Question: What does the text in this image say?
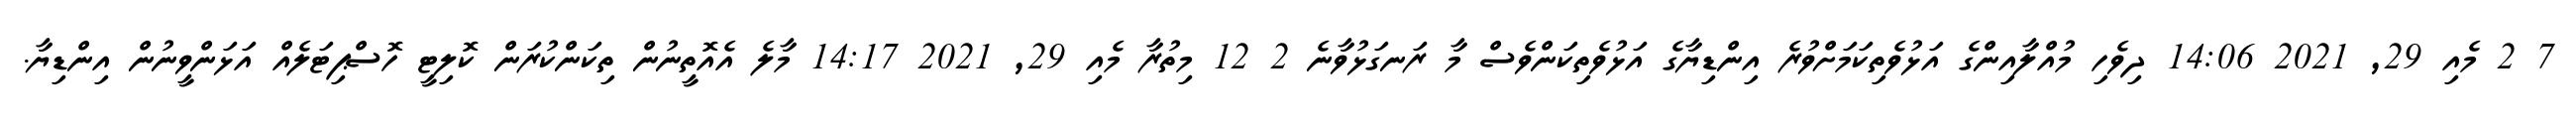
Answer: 7 2 މެއި 29, 2021 14:06 ދިވެހި މުއްލާއިންގެ އަޅުވެތިކަމަށްވުރެ އިންޑިޔާގެ އަޅުވެތިކަންވެސް މާ ރަނގަޅުވާނެ 2 12 މިތުރާ މެއި 29, 2021 14:17 މާލެ އެއޮތީނުން ތިކަންކުރަން ކޮލިޓީ ހޮސްޕިޓަލެއް އަޅަންވީނުން އިންޑިޔާ.